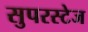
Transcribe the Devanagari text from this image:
सुपरस्टेज